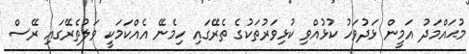
މުޙައްމަދު އަމީން ޅަދުވަހު ކުޅުއްވި ކުޅިވަރުތަކުގެ ތެރޭގައި ހިމެނޭ އެއްކަމަކީ ވަލުތެރޭގައި ރޭސް